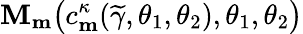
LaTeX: \mathbf{M}_{\mathbf{{m}}}\big(c_{\mathbf{{m}}}^{\kappa}(\widetilde{{\gamma}},\theta_{1},\theta_{2}),\theta_{1},\theta_{2}\big)